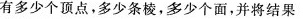
有多少个顶点，多少条棱，多少个面，并将结果